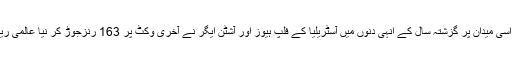
ٹرینٹ برج کے اسی میدان پر گزشتہ سال کے انہی دنوں میں آسٹریلیا کے فلپ ہیوز اور آشٹن ایگر نے آخری وکٹ پر 163 رنزجوڑ کر نیا عالمی ریکارڈ قائم کیا تھا۔